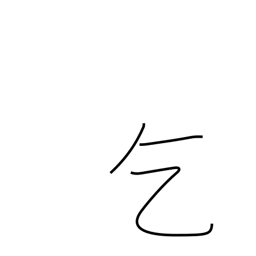
Meaning: ask